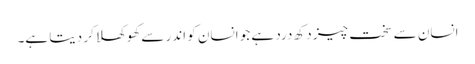
انسان سے سخت چیز دکھ درد ہے جو انسان کو اندر سے کھوکھلا کر دیتا ہے۔